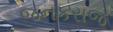
જનકરાજ